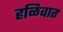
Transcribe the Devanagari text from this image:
हळिवात